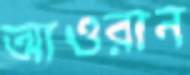
আওরান